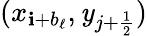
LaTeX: (x_{\mathbf{i}+b_{\ell}},\mathit{y}_{j+\frac{{1}}{{2}}})